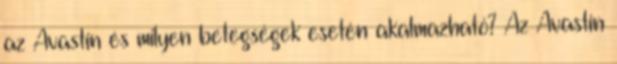
az Avastin és milyen betegségek esetén akalmazható? Az Avastin